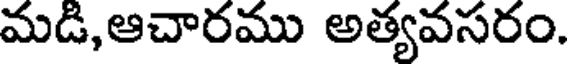
మడి,ఆచారము అత్యవసరం.